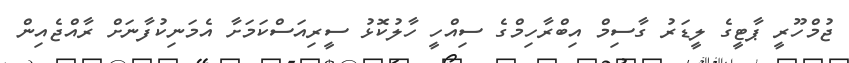
ޖުމްހޫރީ ޕާޓީގެ ލީޑަރު ގާސިމް އިބްރާހިމްގެ ސިއްހީ ހާލުކޮޅު ސީރިއަސްކަމަށާ އެމަނިކުފާނަށް ރާއްޖެއިން